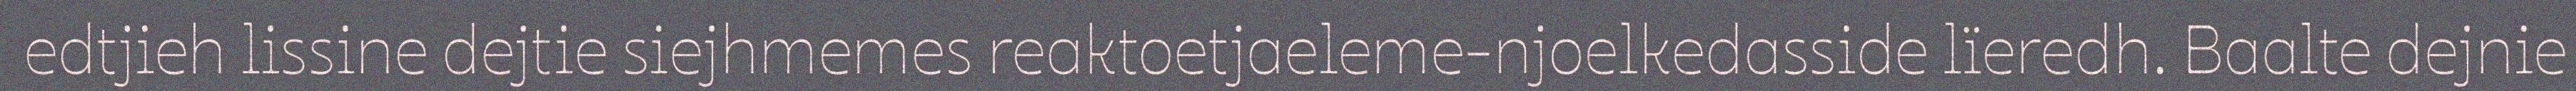
edtjieh lissine dejtie siejhmemes reaktoetjaeleme-njoelkedasside lïeredh. Baalte dejnie